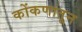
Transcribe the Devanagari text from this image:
कोंकणांतून